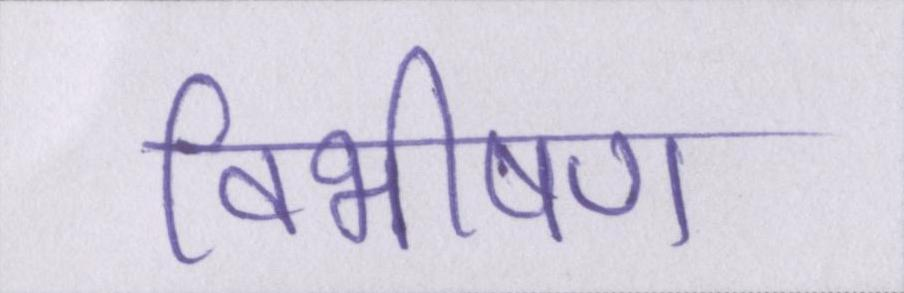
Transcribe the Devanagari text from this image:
विभीषण